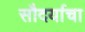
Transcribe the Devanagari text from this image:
सौदर्याचा